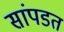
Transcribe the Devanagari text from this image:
सांपडत